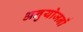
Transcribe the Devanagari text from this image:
अनुयोजनों